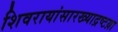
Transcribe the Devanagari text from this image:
शिवरायांसारख्याद्रष्टय़ा